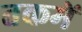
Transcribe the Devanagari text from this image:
तकमें